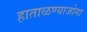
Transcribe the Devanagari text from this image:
हाताळण्याजोगा